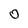
Character: 0